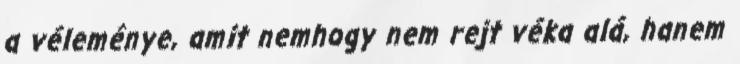
a véleménye, amit nemhogy nem rejt véka alá, hanem